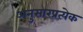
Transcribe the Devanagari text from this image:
अनुसारप्रत्येक